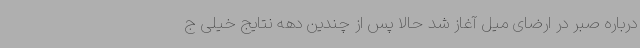
درباره صبر در ارضای میل آغاز شد حالا پس از چندین دهه نتایج خیلی ج